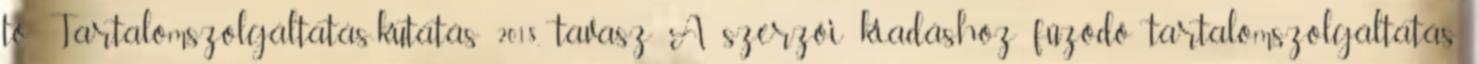
tö. Tartalomszolgáltatás-kutatás 2018. tavasz A szerzői kiadáshoz fűződő tartalomszolgáltatás